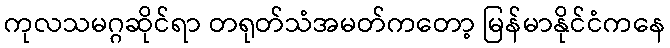
ကုလသမဂ္ဂဆိုင်ရာ တရုတ်သံအမတ်ကတော့ မြန်မာနိုင်ငံကနေ